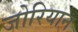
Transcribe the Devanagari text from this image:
जोरियान